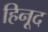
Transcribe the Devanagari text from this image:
हिनूद